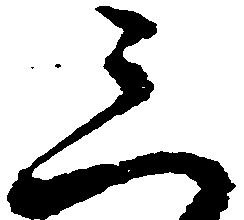
三